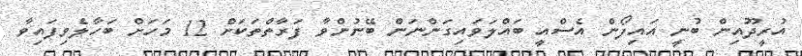
އުރީދޫއިން ބުނީ އައިފޯން އެސްއީ ބައްލަވައިގަންނަން ބޭނުންވާ ފަރާތްތަކަށް 12 މަހަށް ބަހާލެވިފައިވާ